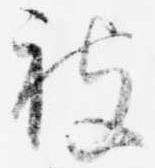
被